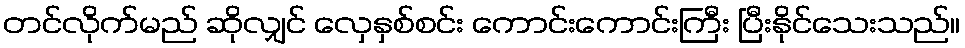
တင်လိုက်မည် ဆိုလျှင် လှေနှစ်စင်း ကောင်းကောင်းကြီး ပြီးနိုင်သေးသည်။